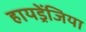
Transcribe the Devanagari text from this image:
हायड्रेंजिया